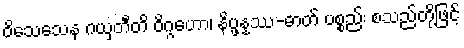
ဝိသေသေန ဂယှတီတိ ဝိဂ္ဂဟော၊ နိပ္ဖန္နဿ-ဓာတ် ပစ္စည်း စသည်တို့ဖြင့်